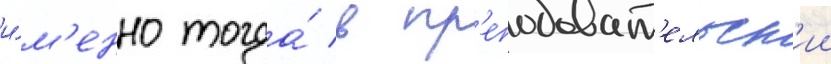
и́м'енно тогда́ в пр'еподават'ельск'ии